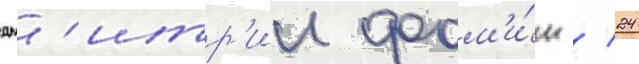
дм'итр'ии фом'и́н / 24